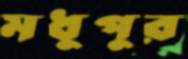
মধুপুর